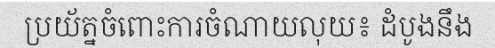
ប្រយ័ត្នចំពោះការចំណាយលុយ៖ ដំបូងនឹង